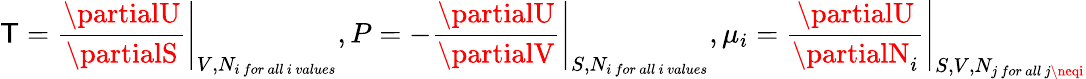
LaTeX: \mathsf{T}=\left.{\frac{{\partialU}}{{\partialS}}}\right\vert_{V,N_{i\ for\ all\ i\ values}},P=\left.-{\frac{{\partialU}}{{\partialV}}}\right\vert_{S,N_{i\ for\ all\ i\ values}},\mu_{i}=\left.{\frac{{\partialU}}{{\partialN_{i}}}}\right\vert_{S,V,N_{j\ for\ all\ j\neqi}}